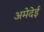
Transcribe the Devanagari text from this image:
अमेदेई